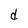
Character: d